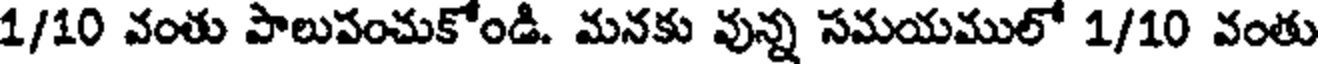
1/10 వంతు పాలుపంచుకోండి. మనకు వున్న సమయములో 1/10 వంతు